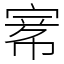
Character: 𡩅